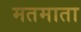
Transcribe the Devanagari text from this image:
मतमाता